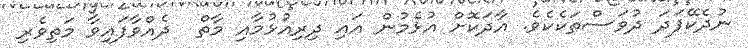
ނުދެކޭފަދަ ދުވަސްތަކެކެވެ. އާދަކޮށް އުޅެމުން އައި ދިރިއުޅުމާއި މާތް  ދެއްވާފައިވާ މަތިވެރި